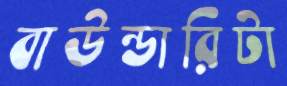
বাউন্ডারিটা